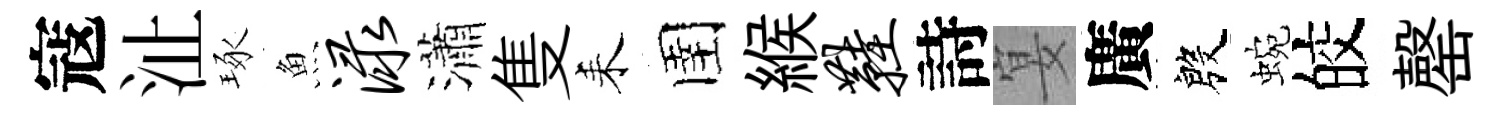
寇沚琢魚渌瀟隻耒圉緱鞋詩宴廣殷蜿皎罄